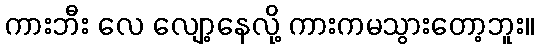
ကားဘီး လေ လျော့နေလို့ ကားကမသွားတော့ဘူး။